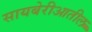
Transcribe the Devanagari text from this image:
सायबेरीआतील